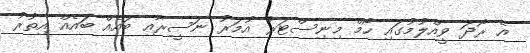
އެ ރޯދަ ވީއްލުމުގައި ހޯމް މިނިސްޓަރު އުމަރު ނަސީރާއި ބައެއް ބައެއް އިތުރު